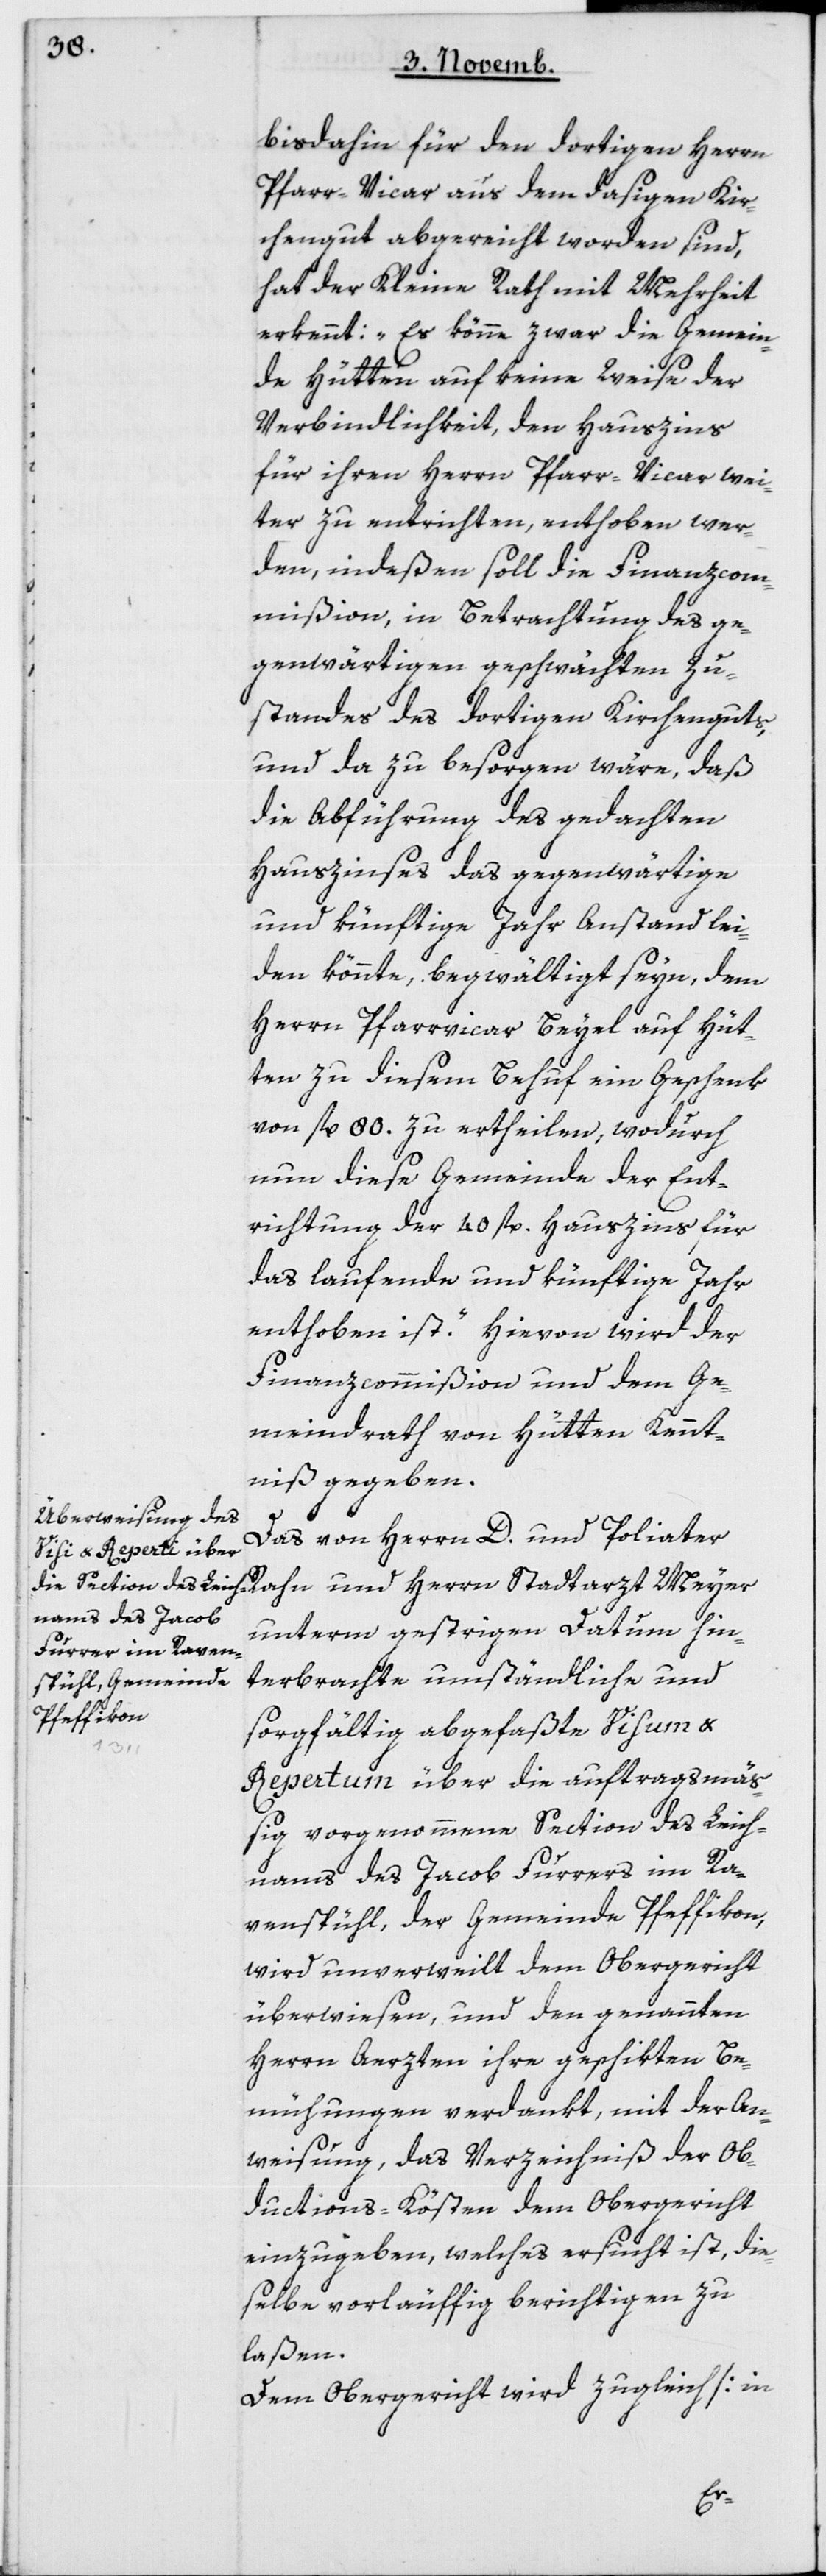
bisdahin für den dortigen Herrn
Pfarr-Vicar aus dem dasigen Kir¬
chengut abgereicht worden sind,
hat der Kleine Rath mit Mehrheit
erkennt: „Es könne zwar die Gemein¬
de Hütten auf keine Weise der
Verbindlichkeit, den Hauszins
für ihren Herrn Pfarr-Vicar wei¬
ter zu entrichten, enthoben wer¬
den, indeßen soll die Finanzcom¬
mißion, in Betrachtung des ge¬
genwärtigen geschwächten Zu¬
standes des dortigen Kirchenguts,
und da zu besorgen wäre, daß
die Abführung des gedachten
Hauszinses das gegenwärtige
und künftige Jahr Anstand lei¬
den könnte, begwältigt seyn, dem
Herrn Pfarrvicar Beyel auf Hüt¬
ten zu diesem Behuf ein Geschenk
von fl 80 zu ertheilen, wodurch
nun diese Gemeinde der Ent¬
richtung der 40 fl. Hauszins für
das laufende und künftige Jahr
enthoben ist.“ Hievon wird der
Finanzcommißion und dem Ge¬
meindrath von Hütten Kennt¬
niß gegeben.
Das von Herrn D. und Poliater
unterm gestrigen Datum hin¬
terbrachte umständliche und
sorgfältig abgefaßte Visum &
Repertum über die auftragsmäß¬
ig vorgenommene Section des Leich¬
nams des Jacob Furrers im Ra¬
venspühl, der Gemeinde Pfäffikon,
wird unverweilt dem Obergericht
überwiesen, und den genannten
Herrn Aerzten ihre geschikten Be¬
mühungen verdankt, mit der An¬
weisung, das Verzeichniß der Ob¬
ductions-Kösten dem Obergericht
einzugeben, welches ersucht ist, die¬
selbe vorläuffig berichtigen zu
laßen.
Dem Obergericht wird zugleich [in